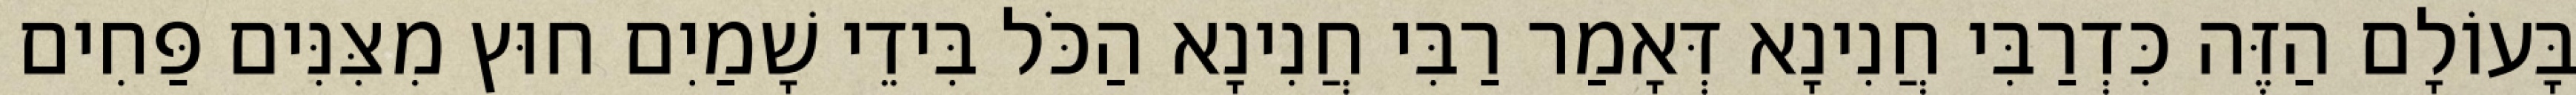
בָּעוֹלָם הַזֶּה כִּדְרַבִּי חֲנִינָא דְּאָמַר רַבִּי חֲנִינָא הַכֹּל בִּידֵי שָׁמַיִם חוּץ מִצִּנִּים פַּחִים